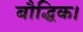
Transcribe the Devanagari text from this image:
बौद्धिक।